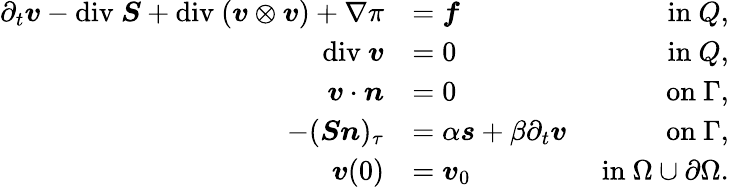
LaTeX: \begin{array}{rlr}{\partial_{t}\boldsymbol{v}-\mathrm{div}\ \boldsymbol{S}+\mathrm{div}\ (\boldsymbol{v}\otimes\boldsymbol{v})+\nabla\pi}&{=\boldsymbol{f}}&{\mathrm{~in~}Q,}\\ {\mathrm{div}\ \boldsymbol{v}}&{=0}&{\mathrm{~in~}Q,}\\ {\boldsymbol{v}\cdot\boldsymbol{n}}&{=0}&{\mathrm{~on~}\Gamma,}\\ {-(\boldsymbol{Sn})_{\tau}}&{=\alpha\boldsymbol{s}+\beta\partial_{t}\boldsymbol{v}}&{\mathrm{~on~}\Gamma,}\\ {\boldsymbol{v}(0)}&{=\boldsymbol{v}_{0}}&{\mathrm{~in~}\Omega\cup\partial\Omega.}\end{array}